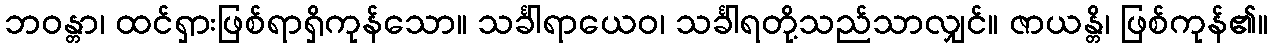
ဘဝန္တာ၊ ထင်ရှားဖြစ်ရာရှိကုန်သော။ သင်္ခါရာယေဝ၊ သင်္ခါရတို့သည်သာလျှင်။ ဇာယန္တိ၊ ဖြစ်ကုန်၏။